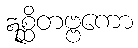
ဣစ္ဆိတဗ္ဗကော